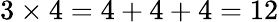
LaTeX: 3\times 4=4+4+4=12